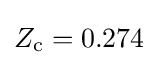
Z_{\text{c}}=0.274